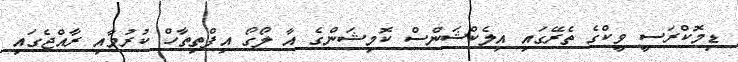
ޑިމޮކްރަސީ ވީކްގެ ތެރޭގައި އިލެކްޝަންސް ކޮމިޝަންގެ އާ ލޯގޯ އިފްތިތާހް ކުރުމާއި ރާއްޖެގައި